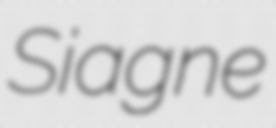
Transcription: Siagne